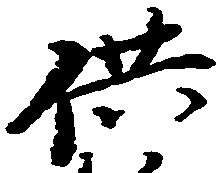
供